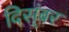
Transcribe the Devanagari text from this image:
दिस्ंबर